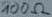
Text: 100Ω